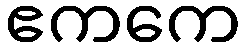
ဧကကေ